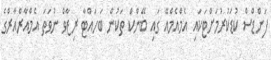
ފަންޑްސް ކުޑަކުރުމަށްޓަކައި އެމްއެމްއޭ ގައި ބޭންކް ތަކުން ބަހައްޓާ ރިޒާވް ނުވަތަ އެމްއާރްއާރްގެ